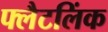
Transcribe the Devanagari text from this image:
फ्लैटलिंक